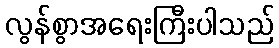
လွန်စွာအရေးကြီးပါသည်